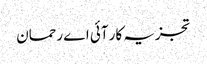
تجزیہ کار آئی اے رحمان